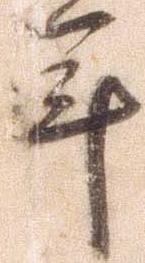
年